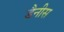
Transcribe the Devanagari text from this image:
डैनीस